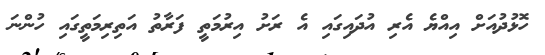
ހޮޅުދުއަށް އިއްޔެ އެރި އުދައިގައި އެ ރަށު އިރުމަތީ ފަރާތު އަތިރިމަތީގައި ހުންނަ